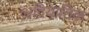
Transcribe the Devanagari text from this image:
अद्रियातिक